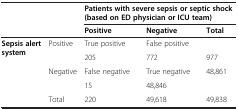
|  |  | <COLSPAN=3> Patients with severe sepsis or septic shock (based on ED physician or ICU team) |
 |  |  | Positive | Negative | Total |
 | --- | --- | --- | --- | --- |
 | <ROWSPAN=4> Sepsis alert system | <ROWSPAN=2> Positive | True positive | False positive |  |
 | 205 | 772 | 977 |
 | <ROWSPAN=2> Negative | False negative | True negative | 48,861 |
 | 15 | 48,846 |  |
 |  | Total | 220 | 49,618 | 49,838 |